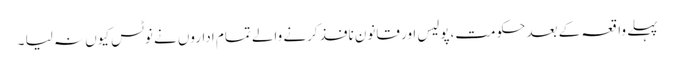
پہلے واقعہ کے بعد حکومت،پولیس اور قانون نافذ کرنے والے تمام اداروں نے نوٹس کیوں نہ لیا ۔